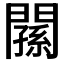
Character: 𨶉